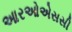
આરઓએસસી